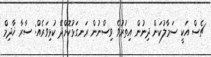
ޗެސް އަކީ ސަމާލުކަން ދިނުން އިތުރުވެ ވިސްނުން ރަނގަޅުކޮށްދޭ ކުޅިވަރެއް: ސާރާ ޚާދިމް